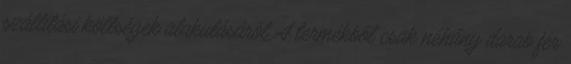
szállítási költségek alakulásáról A termékből csak néhány darab fér